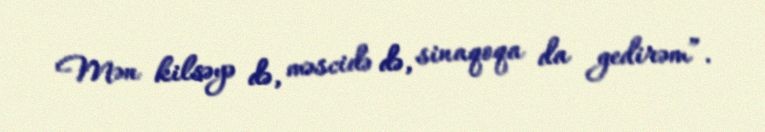
Mən kilsəyə də, məscidə də, sinaqoqa da gedirəm”.